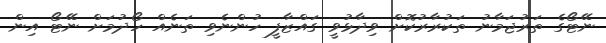
ނޭޓޯގެ ތަރުޖަމާނު ތަކުރާރުކޮށް ވިދާޅުވީ ގައްޒާފީ ހުންނެވި ތަނެއް ހޯދުމަށް ނޭޓޯ އިން